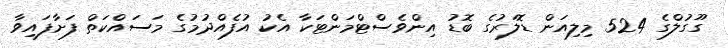
ގޫގުލްގެ 524 މިލިއަން ޑޮލަރުގެ ބޮޑު އިންވެސްޓްމަންޓަކާ އެކު އުފެއްދުމުގެ މަސައްކަތް ފަށާފައިވާ